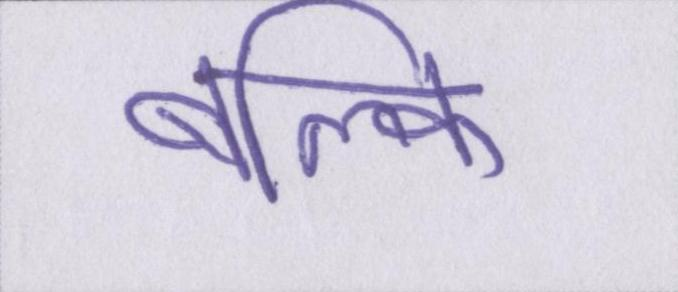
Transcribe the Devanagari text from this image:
बल्कि